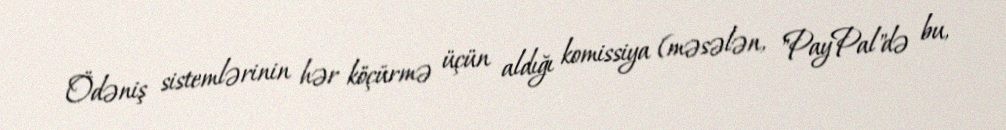
Ödəniş sistemlərinin hər köçürmə üçün aldığı komissiya (məsələn, "PayPal"də bu,